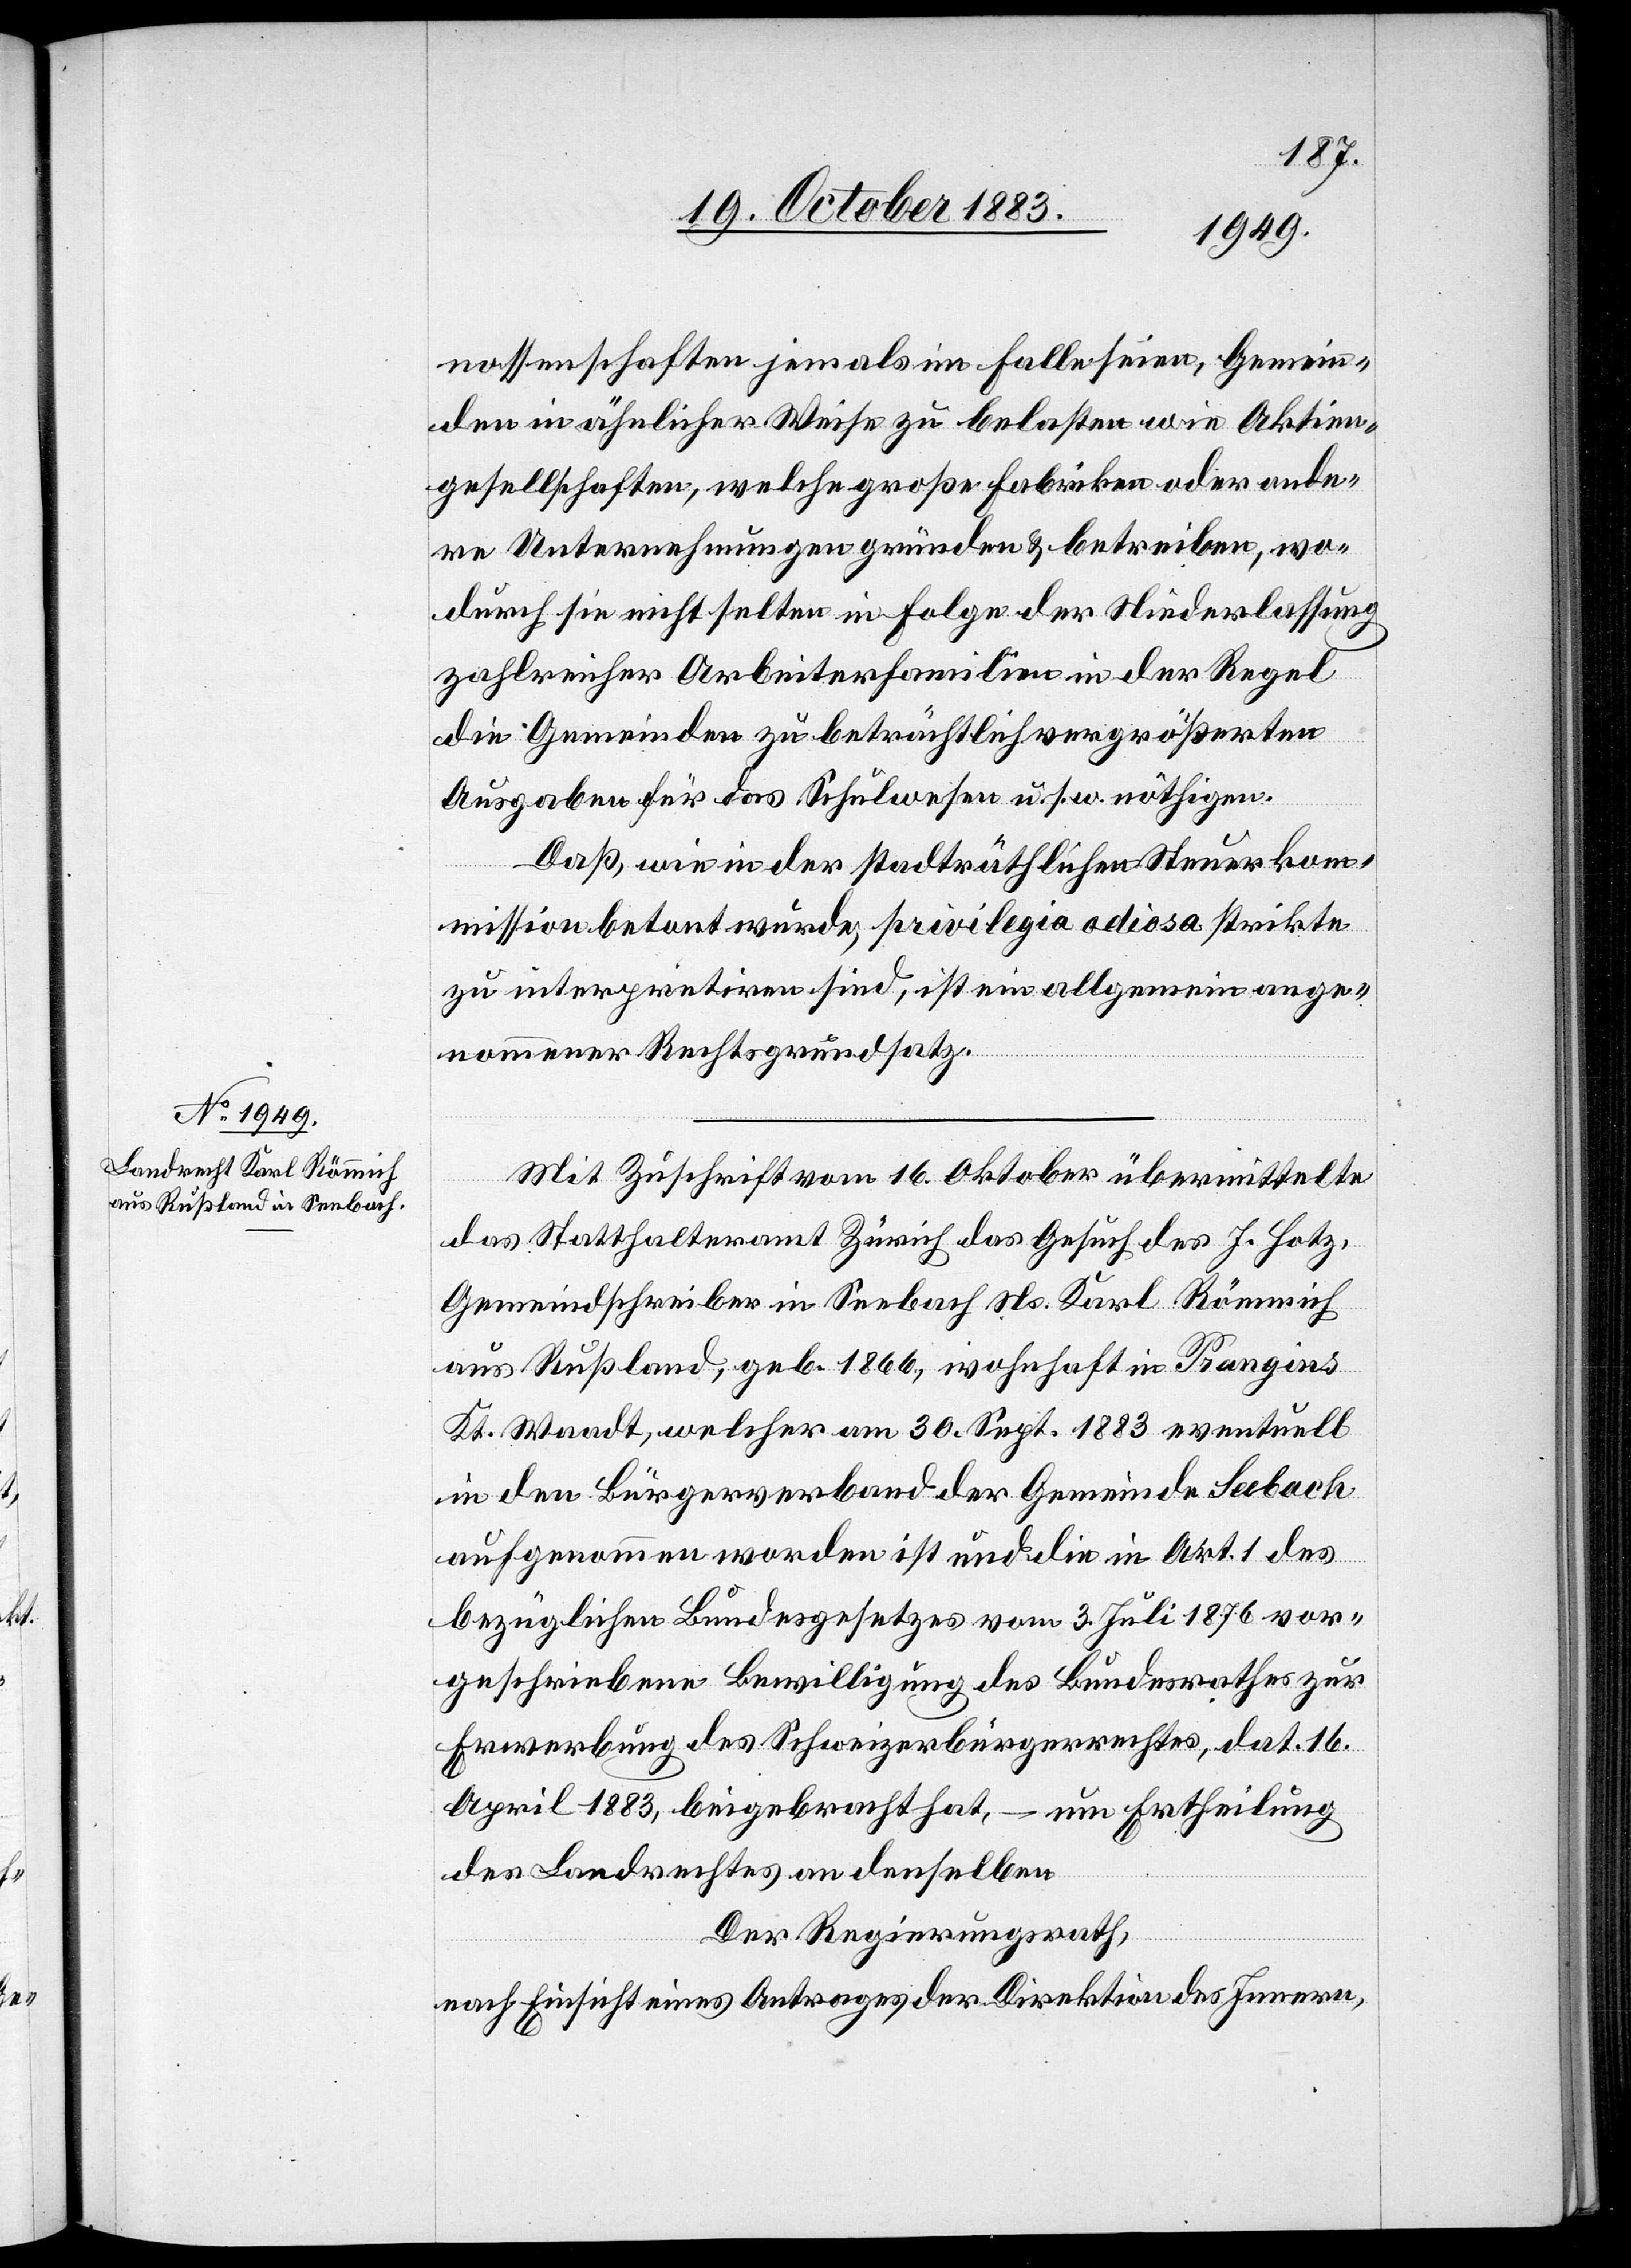
nossenschaften jemals im Falle seien, Gemein¬
den in ähnlicher Weise zu belasten wie Aktien¬
gesellschaften, welche große Fabriken oder ande¬
re Unternehmungen gründen & betreiben, wo¬
durch sie nicht selten in Folge der Niederlassung
zahlreicher Arbeiterfamilien in der Regel
die Gemeinden zu beträchtlich vergrößerten
Ausgaben für das Schulwesen u. s. w. nöthigen.
Daß, wie in der stadträthlichen Steuerkom¬
mission betont wurde, privilegia adiosa strikte
zu interpretiren sind, ist ein allgemein ange¬
nommener Rechtsgrundsatz.
Mit Zuschrift vom 16. Oktober übermittelte
das Statthalteramt Zürich das Gesuch des J. Hotz,
Gemeindschreiber in Seebach Ns. Karl Römmich
aus Rußland, geb. 1866, wohnhaft in Prangins
Kt. Waadt, welcher am 30. Sept. 1883 eventuell
in den Bürgerverband der Gemeinde Seebach
aufgenommen worden ist und die in Art. 1 des
bezüglichen Bundesgesetzes vom 3. Juli 1876 vor¬
geschriebene Bewilligung des Bundesrathes zur
Erwerbung des Schweizerbürgerrechtes, dat. 16.
April 1883, beigebracht hat, – um Ertheilung
des Landrechtes an denselben.
Der Regierungsrath,
nach Einsicht eines Antrages der Direktion des Innern,